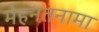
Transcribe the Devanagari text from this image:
मेहनतनामा